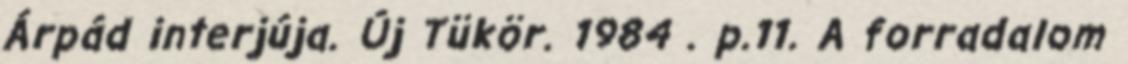
Árpád interjúja. Új Tükör. 1984 . p.11. A forradalom